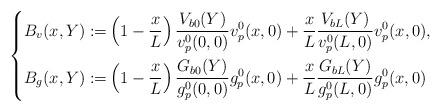
LaTeX: \begin{align*}\left \{\begin{aligned}B_v(x,Y):=&\left(1-\frac{x}{L}\right)\frac{V_{b0}(Y)}{v^0_p(0,0)}v^0_p(x,0)+\frac{x}{L}\frac{V_{bL}(Y)}{v^0_p(L,0)}v^0_p(x,0),\\B_g(x,Y):=&\left(1-\frac{x}{L}\right)\frac{G_{b0}(Y)}{g^0_p(0,0)}g^0_p(x,0)+\frac{x}{L}\frac{G_{bL}(Y)}{g^0_p(L,0)}g^0_p(x,0)\end{aligned}\right.\end{align*}